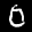
Digit: 6